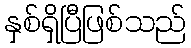
နှစ်ရှိပြီဖြစ်သည်